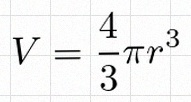
V=\frac43\pi r^3